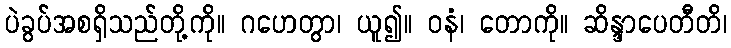
ပဲခွပ်အစရှိသည်တို့ကို။ ဂဟေတွာ၊ ယူ၍။ ဝနံ၊ တောကို။ ဆိန္ဒာပေတီတိ၊